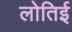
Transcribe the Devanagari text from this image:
लोतिई